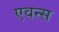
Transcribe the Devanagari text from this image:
एवन्स